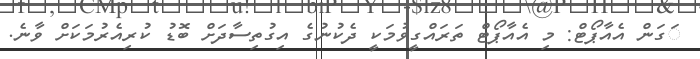
ަގަން އެއާޕޯޓް: މި އެއާޕޯޓް ތަރައްގީވުމަކީ ދެކުނުގެ އިގުތިސާދަށް ބޮޑު ކުރިއެރުމަކަށް ވާނެ.